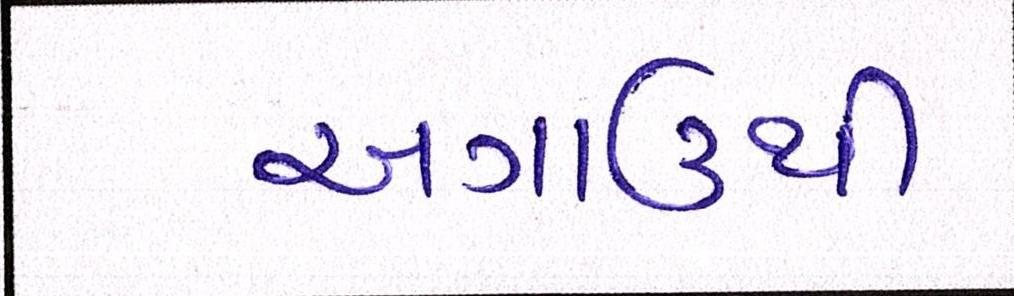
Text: અગાઉથી